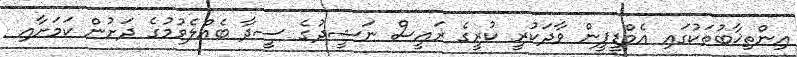
އިންތިޚާބުތަކުގައި އެމްޑީޕީން ވާދަކުރީ ކުރީގެ ރައީސް ނަޝީދުގެ ސީދާ ބެއްލެވުމުގެ ދަށުން ކަމަށާއި